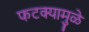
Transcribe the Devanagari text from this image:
फटक्यामुळे